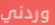
وردني